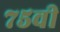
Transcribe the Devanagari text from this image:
७५वी